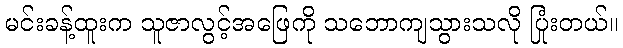
မင်းခန့်ထူးက သူဇာလွင့်အဖြေကို သဘောကျသွားသလို ပြုံးတယ်။